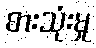
စားသုံးမှု